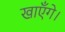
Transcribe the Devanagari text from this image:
खाएँगे।